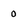
Character: 0